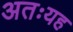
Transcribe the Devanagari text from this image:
अतःयह